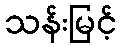
သန်းမြင့်